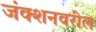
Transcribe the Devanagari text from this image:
जंक्शनवरील